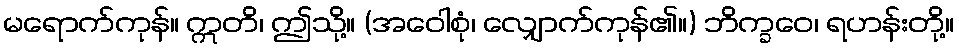
မရောက်ကုန်။ ဣတိ၊ ဤသို့။ (အဝေါစုံ၊ လျှောက်ကုန်၏။) ဘိက္ခဝေ၊ ရဟန်းတို့။